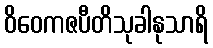
ဝိဝေကဇပီတိသုခါနုသာရိ